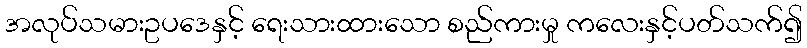
အလုပ်သမားဥပဒေနှင့် ရေးသားထားသော စည်ကားမှု ကလေးနှင့်ပတ်သက်၍